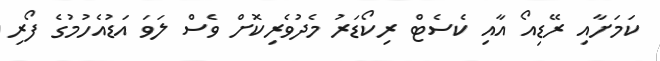
ކަމަށާއި ރޭޑިއޯ އާއި ކެސެޓް ރިކޯޑަރު މެދުވެރިކޮށް ވެސް ލަވަ އަޑުއެހުމުގެ ފޯރި